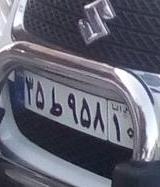
۳۵ط۹۵۸۱۰